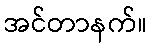
အင်တာနက်။